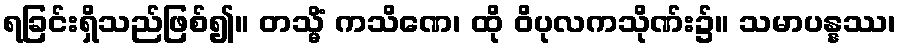
ရခြင်းရှိသည်ဖြစ်၍။ တသ္မိံ ကသိဏေ၊ ထို ဝိပုလကသိုဏ်း၌။ သမာပန္နဿ၊